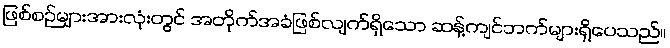
ဖြစ်စဉ်များအားလုံးတွင် အတိုက်အခံဖြစ်လျက်ရှိသော ဆန့်ကျင်ဘက်များရှိပေသည်။